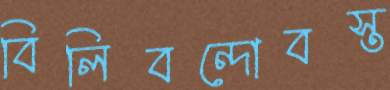
বিলিবন্দোবস্ত